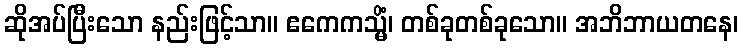
ဆိုအပ်ပြီးသော နည်းဖြင့်သာ။ ဧကေကသ္မိံ၊ တစ်ခုတစ်ခုသော။ အဘိဘာယတနေ၊